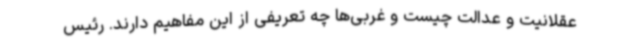
عقلانیت و عدالت چیست و غربی‌ها چه تعریفی از این مفاهیم دارند. رئیس